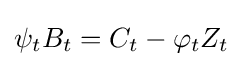
\psi _{t}B_{t}=C_{t}-\varphi _{t}Z_{t}